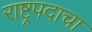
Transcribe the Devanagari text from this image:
राष्ट्रपदाचा